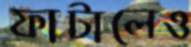
ফাটালেও